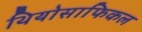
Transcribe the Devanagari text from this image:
थियोसाफिकल